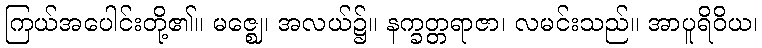
ကြယ်အပေါင်းတို့၏။ မဇ္ဈေ၊ အလယ်၌။ နက္ခတ္တရာဇာ၊ လမင်းသည်။ အာပူရိဝိယ၊